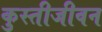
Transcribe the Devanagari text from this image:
कुस्तीजीवन